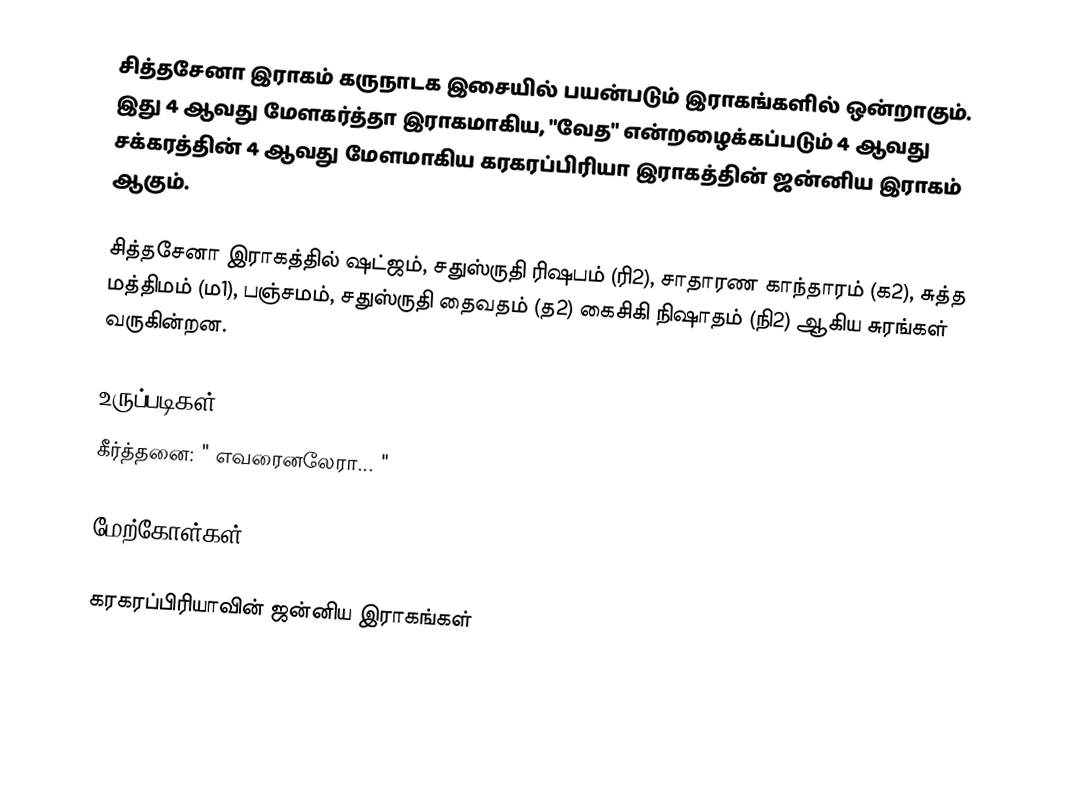
சித்தசேனா இராகம் கருநாடக இசையில் பயன்படும் இராகங்களில் ஒன்றாகும். இது 4 ஆவது மேளகர்த்தா இராகமாகிய, "வேத" என்றழைக்கப்படும் 4 ஆவது சக்கரத்தின் 4 ஆவது மேளமாகிய கரகரப்பிரியா இராகத்தின் ஜன்னிய இராகம் ஆகும்.

சித்தசேனா இராகத்தில் ஷட்ஜம், சதுஸ்ருதி ரிஷபம் (ரி2), சாதாரண காந்தாரம் (க2), சுத்த மத்திமம் (ம1), பஞ்சமம், சதுஸ்ருதி தைவதம் (த2) கைசிகி நிஷாதம் (நி2) ஆகிய சுரங்கள் வருகின்றன.

உருப்படிகள்
 கீர்த்தனை: " எவரைனலேரா... "

மேற்கோள்கள்

கரகரப்பிரியாவின் ஜன்னிய இராகங்கள்